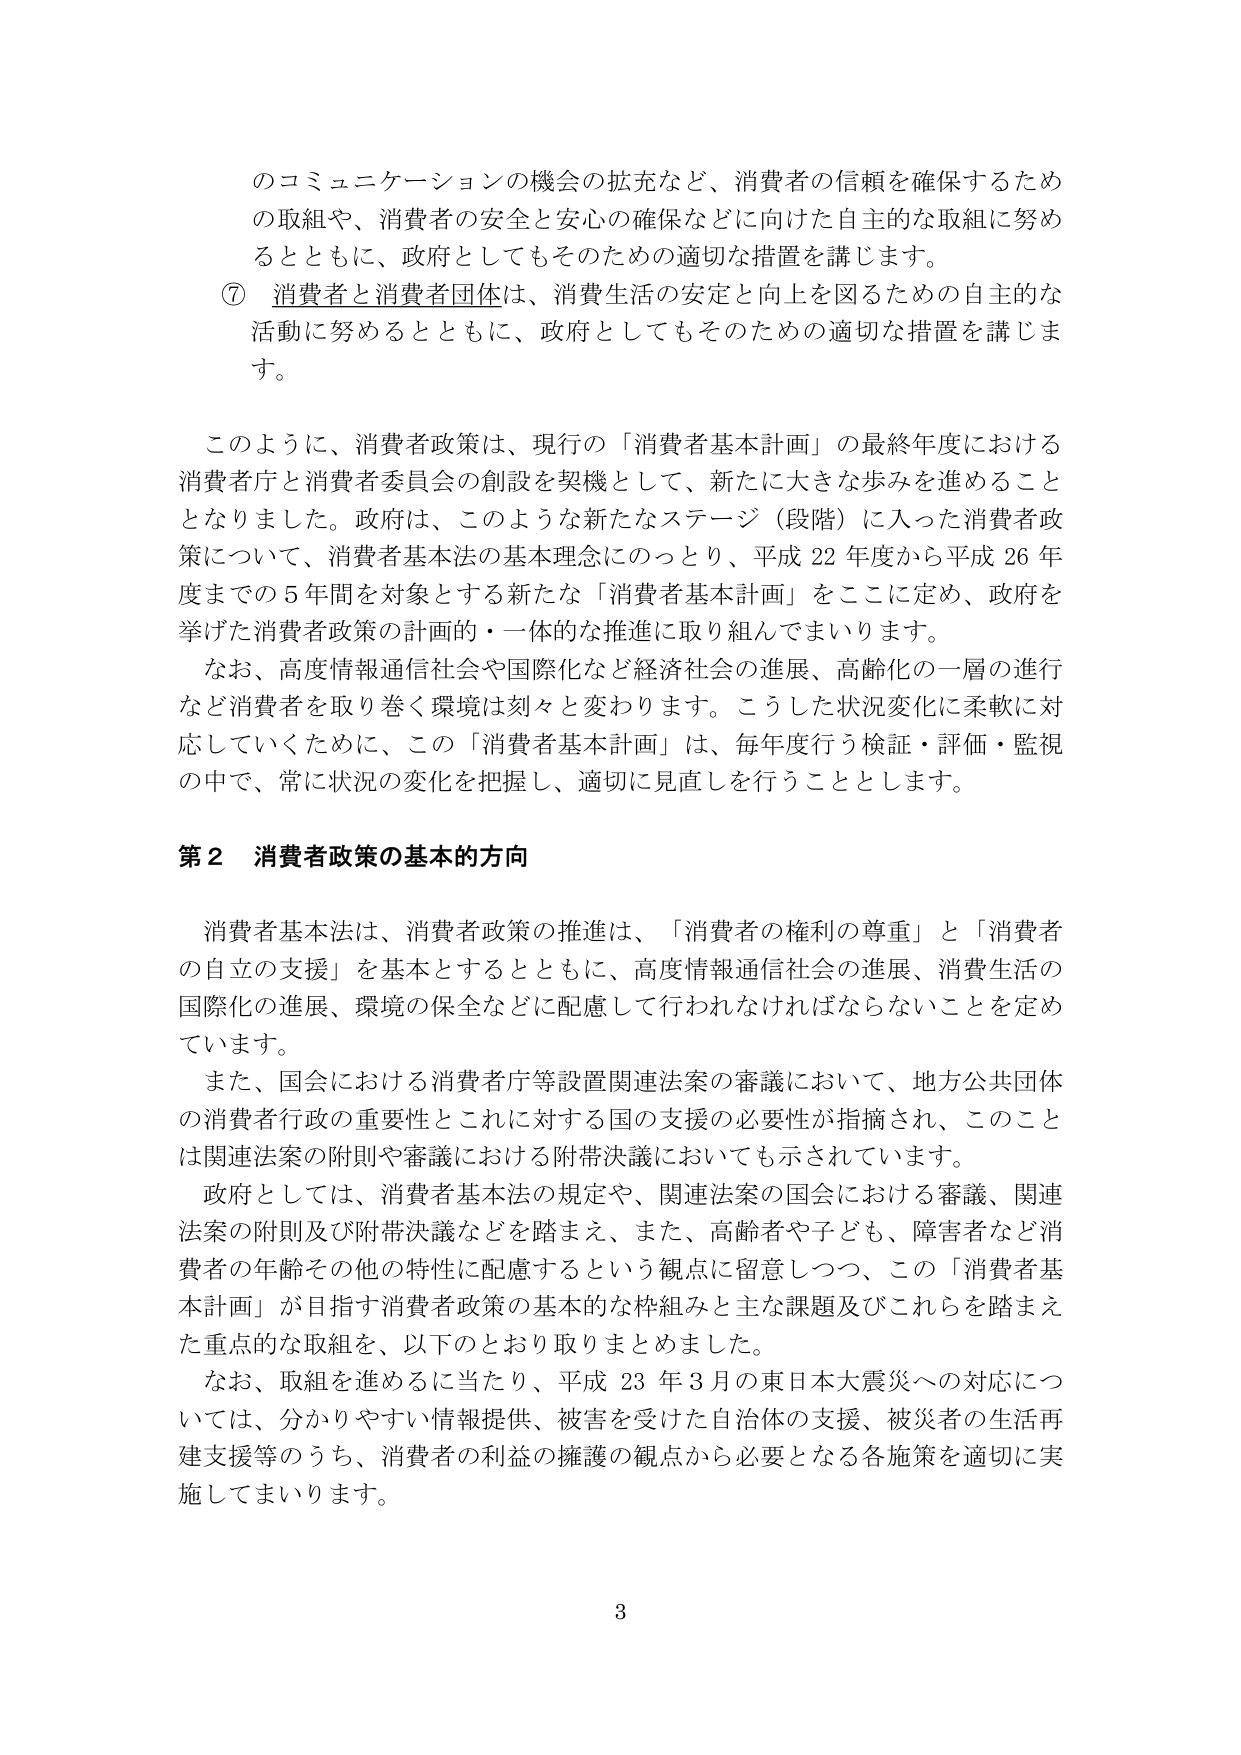
のコミュニケーションの機会の拡充など、消費者の信頼を確保するため
の取組や、消費者の安全と安心の確保などに向けた自主的な取組に努め
るとともに、政府としてもそのための適切な措置を講じます。
⑦ 消費者と消費者団体は、消費生活の安定と向上を図るための自主的な
活動に努めるとともに、政府としてもそのための適切な措置を講じま
す。

このように、消費者政策は、現行の「消費者基本計画」の最終年度における
消費者庁と消費者委員会の創設を契機として、新たに大きな歩みを進めること
となりました。政府は、このような新たなステージ（段階）に入った消費者政
策について、消費者基本法の基本理念にのっとり、平成22年度から平成26年
度までの5年間を対象とする新たな「消費者基本計画」をここに定め、政府を
挙げた消費者政策の計画的・一体的な推進に取り組んでまいります。
なお、高度情報通信社会や国際化など経済社会の進展、高齢化の一層の進行
など消費者を取り巻く環境は刻々と変わります。こうした状況変化に柔軟に対
応していくために、この「消費者基本計画」は、毎年度行う検証・評価・監視
の中で、常に状況の変化を把握し、適切に見直しを行うこととします。

第2 消費者政策の基本的方向

消費者基本法は、消費者政策の推進は、「消費者の権利の尊重」と「消費者
の自立の支援」を基本とするとともに、高度情報通信社会の進展、消費生活の
国際化の進展、環境の保全などに配慮して行われなければならないことを定め
ています。
また、国会における消費者庁等設置関連法案の審議において、地方公共団体
の消費者行政の重要性とこれに対する国の支援の必要性が指摘され、このこと
は関連法案の附則や審議における附帯決議においても示されています。
政府としては、消費者基本法の規定や、関連法案の国会における審議、関連
法案の附則及び附帯決議などを踏まえ、また、高齢者や子ども、障害者など消
費者の年齢その他の特性に配慮するという観点に留意しつつ、この「消費者基
本計画」が目指す消費者政策の基本的な枠組みと主な課題及びこれらを踏まえ
た重点的な取組を、以下のとおり取りまとめました。
なお、取組を進めるに当たり、平成23年3月の東日本大震災への対応につ
いては、分かりやすい情報提供、被害を受けた自治体の支援、被災者の生活再
建支援等のうち、消費者の利益の擁護の観点から必要となる各施策を適切に実
施してまいります。

3